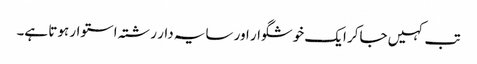
تب کہیں جاکر ایک خوشگوار اور سایہ دار رشتہ استوار ہوتا ہے۔